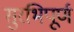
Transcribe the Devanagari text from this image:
सुरभिपूर्ण